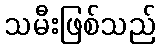
သမီးဖြစ်သည်